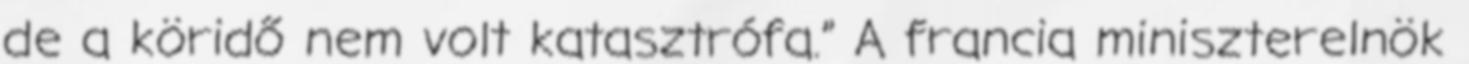
de a köridő nem volt katasztrófa.” A francia miniszterelnök